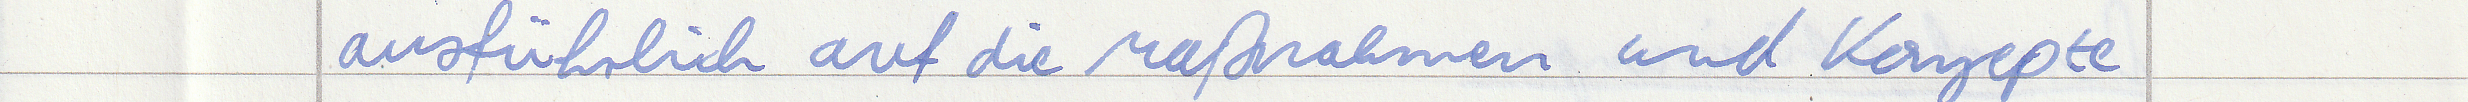
ausführlich auf die Maßnahmen und Konzepte